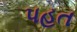
પહત